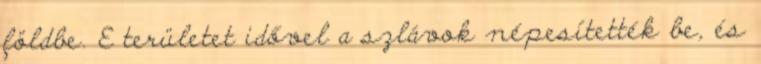
földbe. E területet idővel a szlávok népesítették be, és